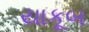
યાકૂબ